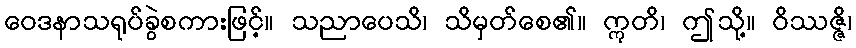
ဝေဒနာသရုပ်ခွဲစကားဖြင့်။ သညာပေသိ၊ သိမှတ်စေ၏။ ဣတိ၊ ဤသို့။ ဝိဿဇ္ဇိ၊